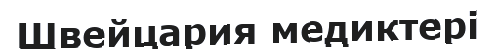
Швейцария медиктері